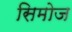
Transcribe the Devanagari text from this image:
सिमोज